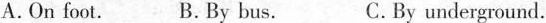
A. On foot. B. By bus. C. By underground.